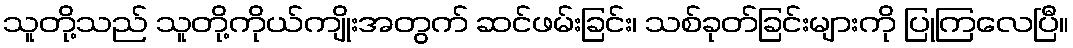
သူတို့သည် သူတို့ကိုယ်ကျိုးအတွက် ဆင်ဖမ်းခြင်း၊ သစ်ခုတ်ခြင်းများကို ပြုကြလေပြီ။